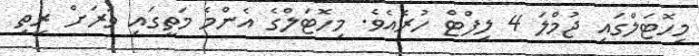
މިހޮޓަލްގައި ޖުމްލަ 4 ލިފްޓް ހުރެއެވެ. މިހޮޓަލްގެ އެންމެ މަތީގައި ވަރަށް ރީތި